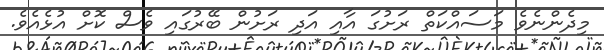
މިދެންނެވެ މަސައްކަތް ރަށުގަ އާއި އަދި ރަށުން ބޭރުގައި ވެސް ކޮށް އުޅެއެވެ.